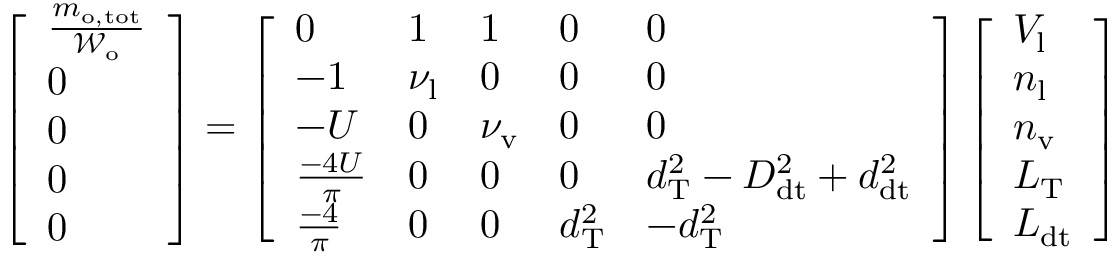
\left[ \begin{array} { l } { \frac { m _ { \mathrm { o , t o t } } } { \mathcal { W } _ { \mathrm { o } } } } \\ { 0 } \\ { 0 } \\ { 0 } \\ { 0 } \end{array} \right] = \left[ \begin{array} { l l l l l } { 0 } & { 1 } & { 1 } & { 0 } & { 0 } \\ { - 1 } & { \nu _ { \mathrm { l } } } & { 0 } & { 0 } & { 0 } \\ { - U } & { 0 } & { \nu _ { \mathrm { v } } } & { 0 } & { 0 } \\ { \frac { - 4 U } { \pi } } & { 0 } & { 0 } & { 0 } & { d _ { \mathrm { T } } ^ { 2 } - D _ { \mathrm { d t } } ^ { 2 } + d _ { \mathrm { d t } } ^ { 2 } } \\ { \frac { - 4 } { \pi } } & { 0 } & { 0 } & { d _ { \mathrm { T } } ^ { 2 } } & { - d _ { \mathrm { T } } ^ { 2 } } \end{array} \right] \left[ \begin{array} { l } { V _ { \mathrm { l } } } \\ { n _ { \mathrm { l } } } \\ { n _ { \mathrm { v } } } \\ { L _ { \mathrm { T } } } \\ { L _ { \mathrm { d t } } } \end{array} \right]